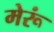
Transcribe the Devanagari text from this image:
मेरूं